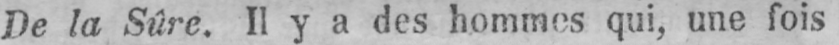
De la Sûre. Il y a des hommes qui, une fois